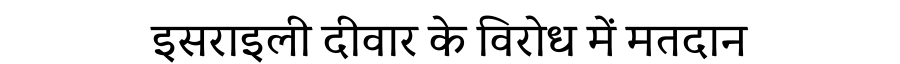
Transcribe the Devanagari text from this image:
इसराइली दीवार के विरोध में मतदान